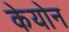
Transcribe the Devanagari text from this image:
केयोन